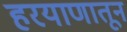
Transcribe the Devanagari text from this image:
हरयाणातून